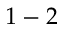
1 - 2